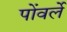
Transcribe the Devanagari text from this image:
पोंवर्ले